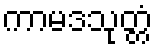
ကာမဒသုတ္တံ